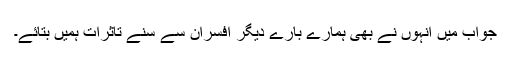
جواب میں انہوں نے بھی ہمارے بارے دیگر افسران سے سنے تاثرات ہمیں بتائے۔